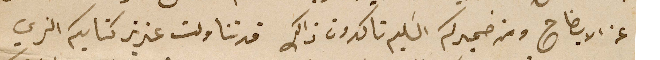
عن الايضاح ومن ضميركم السَليم تاكدون ذالك قد تناولت عزيز كتابكم الذي